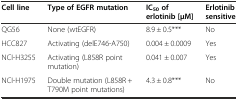
<table><thead><tr><td><b>Cell line</b></td><td><b>Type of EGFR mutation</b></td><td><b>IC<sub>50</sub>of erlotinib [μM]</b></td><td><b>Erlotinib sensitive</b></td></tr></thead><tbody><tr><td>QG56</td><td>None (wtEGFR)</td><td>8.9 ± 0.5***</td><td>No</td></tr><tr><td>HCC827</td><td>Activating (delE746-A750)</td><td>0.004 ± 0.0009</td><td>Yes</td></tr><tr><td>NCI-H3255</td><td>Activating (L858R point mutation)</td><td>0.041 ± 0.007</td><td>Yes</td></tr><tr><td>NCI-H1975</td><td>Double mutation (L858R + T790M point mutations)</td><td>4.3 ± 0.8***</td><td>No</td></tr></tbody></table>